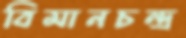
বিমানচন্দ্র